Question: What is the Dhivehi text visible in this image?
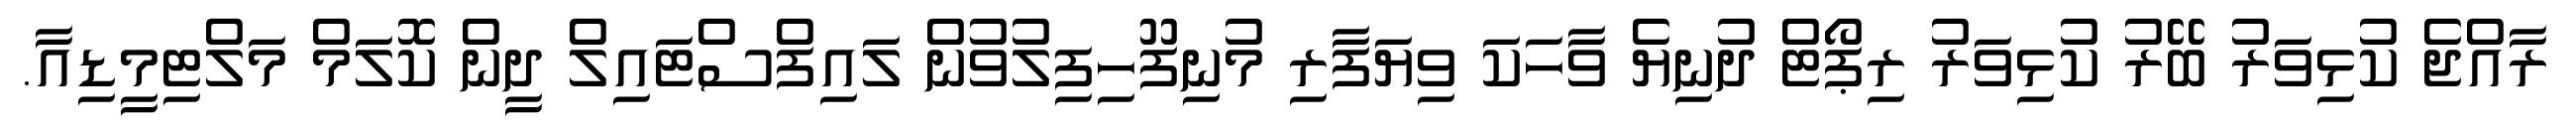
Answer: ރާއްޖެ ކުޅިވަރު ބޭރު ކުޅިވަރު ރިޕޯޓް ދުނިޔެ ވާހަކަ ވިޔަފާރި މުނިފޫހިފިލުވުން ލައިފްސްޓައިލް ދީން ކޮލަމް މަލްޓިމީޑިއާ.